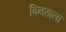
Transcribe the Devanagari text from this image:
विनताला